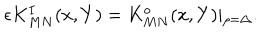
LaTeX: \epsilon K _ { M N } ^ { I } ( x , Y ) = K _ { M N } ^ { o } ( x , Y ) \vert _ { \rho = \Delta } .